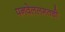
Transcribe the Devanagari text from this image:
पनवेललगतची